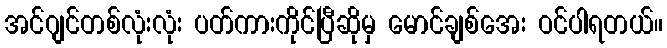
အင်ဂျင်တစ်လုံးလုံး ပတ်ကားကိုင်ပြီဆိုမှ မောင်ချစ်အေး ဝင်ပါရတယ်။